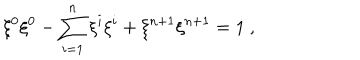
\xi ^ { 0 } \xi ^ { 0 } - \sum _ { i = 1 } ^ { n } \xi ^ { i } \xi ^ { i } + \xi ^ { n + 1 } \xi ^ { n + 1 } = 1 ~ ,